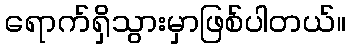
ရောက်ရှိသွားမှာဖြစ်ပါတယ်။